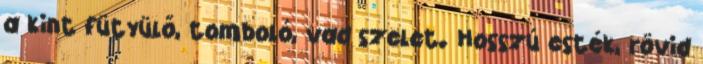
a kint fütyülő, tomboló, vad szelet. Hosszú esték, rövid